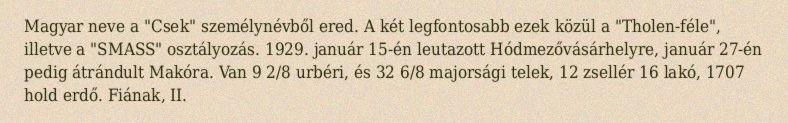
Magyar neve a "Csek" személynévből ered. A két legfontosabb ezek közül a "Tholen-féle", illetve a "SMASS" osztályozás. 1929. január 15-én leutazott Hódmezővásárhelyre, január 27-én pedig átrándult Makóra. Van 9 2/8 urbéri, és 32 6/8 majorsági telek, 12 zsellér 16 lakó, 1707 hold erdő. Fiának, II.